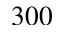
3 0 0